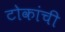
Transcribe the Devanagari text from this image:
टोकांची